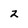
Character: 2